Report of the Indian Hemp Drugs Commission, 1894-1895 - Volume VII
Year: 1894
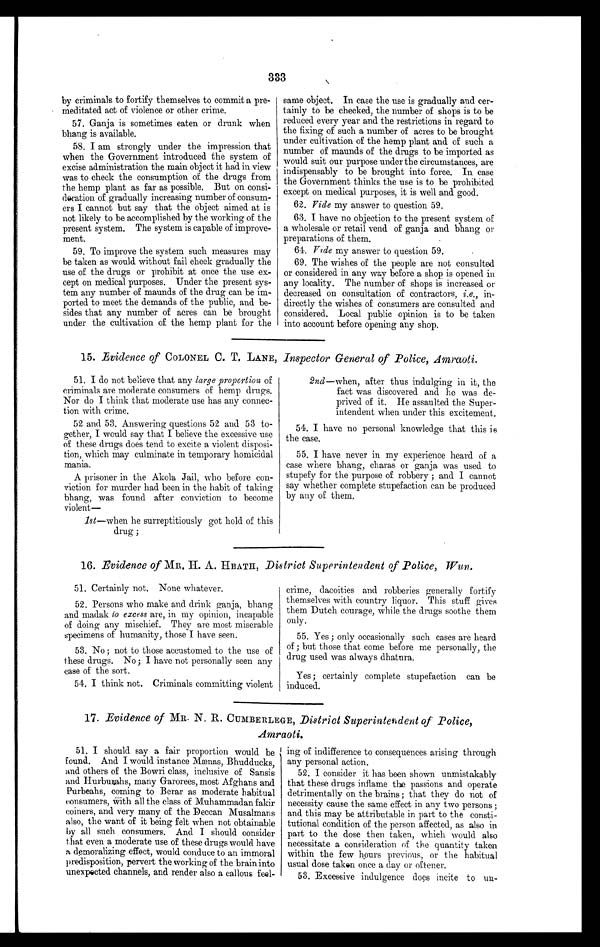
333
by criminals to fortify themselves to commit a pre-
meditated act of violence or other crime.
57. Ganja is sometimes eaten or drunk when
bhang is available.
58. I am strongly under the impression that
when the Government introduced the system of
excise administration the main object it had in view
was to check the consumption of the drugs from
the hemp plant as far as possible. But on consi-
deration of gradually increasing number of consum-
ers I cannot but say that the object aimed at is
not likely to be accomplished by the working of the
present system. The system is capable of improve-
ment.
59. To improve the system such measures may
be taken as would without fail check gradually the
use of the drugs or prohibit at once the use ex-
cept on medical purposes. Under the present sys-
tem any number of maunds of the drug can be im-
ported to meet the demands of the public, and be-
sides that any number of acres can be brought
under the cultivation of the hemp plant for the
same object. In case the use is gradually and cer-
tainly to be checked, the number of shops is to be
reduced every year and the restrictions in regard to
the fixing of such a number of acres to be brought
under cultivation of the hemp plant and of such a
number of maunds of the drugs to be imported as
would suit our purpose under the circumstances, are
indispensably to be brought into force. In case
the Government thinks the use is to be prohibited
except on medical purposes, it is well and good.
62. Vide my answer to question 59.
63. I have no objection to the present system of
a wholesale or retail vend of ganja and bhang or
preparations of them.
64, Vide my answer to question 59.
69. The wishes of the people are not consulted
or considered in any way before a shop is opened in
any locality. The number of shops is increased or
decreased on consultation of contractors, i.e., in-
directly the wishes of consumers are consulted and
considered. Local public opinion is to be taken
into account before opening any shop.
15. .Evidence of COLONEL C. T. LANE, Inspector General of Police, Amraoti.
51. I do not believe that any large proportion of
criminals are moderate consumers of hemp drugs.
Nor do I think that moderate use has any connec-
tion with crime.
52 and 53. Answering questions 52 and 53 to-
gether, I would say that I believe the excessive use
of these drugs does tend to excite a violent disposi-
tion, which may culminate in temporary homicidal
mania.
A prisoner in the Akola Jail, who before con-
viction for murder had been in the habit of taking
bhang, was found after conviction to become
violent
—
1st —when he surreptitiously got hold of this
drug ;
2nd —when, after thus indulging in it, the
fact was discovered and he was de-
prived of it. He assaulted the Super-
intendent when under this excitement.
54. I have no personal knowledge that this is
the case.
55. I have never in my experience heard of a
case where bhang, charas or ganja was used to
stupefy for the purpose of robbery ; and I cannot
say whether complete stupefaction can be produced
by any of them.
16. Evidence of MR. H. A. HEATH, District Superintendent of Police, Wun.
51. Certainly not. None whatever.
52. Persons who make and drink ganja, bhang
and madak to excess are, in my opinion, incapable
of doing any mischief. They are most miserable
specimens of humanity, those I have seen.
53. No ; not to those accustomed to the use of
these drugs. No ; I have not personally seen any
case of the sort.
54. I think not. Criminals committing violent
crime, dacoities and robberies generally fortify
themselves with country liquor. This stuff gives
them Dutch courage, while the drugs soothe them
only.
55. Yes ; only occasionally such cases are heard
of ; but those that come before me personally, the
drug used was always dhatura.
Yes; certainly complete stupefaction can be
induced.
17. Evidence of MR. N. R. CUMBERLEGE, District Superintendent of Police,
Amraoti
51. I should say a fair proportion would be
found. And I would instance Mænas, Bhudducks,
and others of the Bowri class, inclusive of Sansis
and Hurbuahs, many Garorees, most Afghans and
Purbeahs, coming to Berar as moderate habitual
consumers, with all the class of Muhammadan fakir
coiners, and very many of the Deccan Musalmans
also, the want of it being felt when not obtainable
by all such consumers. And I should consider
that even a moderate use of these drugs would have
a demoralizing effect, would conduce to an immoral
predisposition, pervert the working of the brain into
unexpected channels, and render also a callous feel-
ing of indifference to consequences arising through
any personal action.
52. I consider it has been shown unmistakably
that these drugs inflame the passions and operate
detrimentally on the brains; that they do not of
necessity cause the same effect in any two persons ;
and this may be attributable in part to the consti-
tutional condition of the person affected, as also in
part to the dose then taken, which would also
necessitate a consideration of the quantity taken
within the few hours previous, or the habitual
usual dose taken once a day or oftener.
53. Excessive indulgence does incite to un-